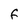
Character: F